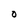
Character: O